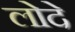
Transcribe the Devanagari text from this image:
लोदे